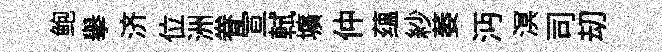
鲍舉济位洲眷宣軾壙仲蕴紗萎沔溟司刧